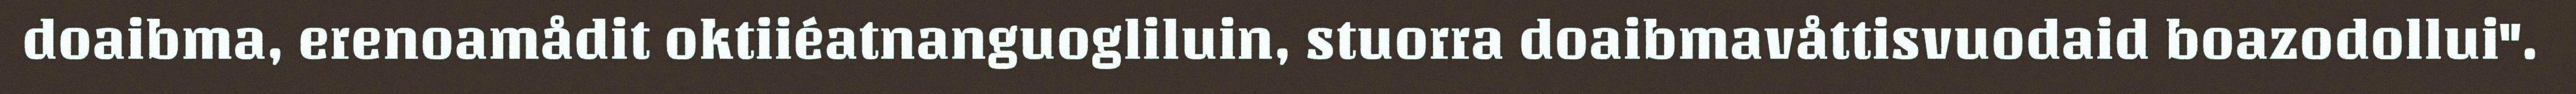
doaibma, erenoamådit oktiiéatnanguogliluin, stuorra doaibmavåttisvuodaid boazodollui".